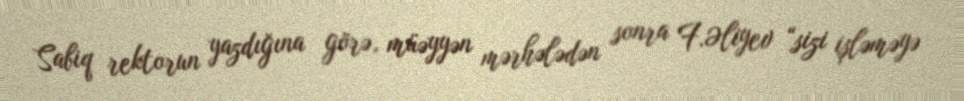
Sabiq rektorun yazdığına görə, müəyyən mərhələdən sonra F.Əliyev “sizi işləməyə